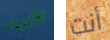
الأبرياء أنت